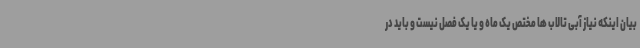
بیان اینکه نیاز آبی تالاب ها مختص یک ماه و یا یک فصل نیست و باید در